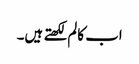
اب کالم لکھتے ہیں۔